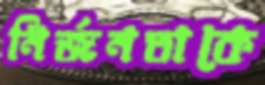
নির্জনতাকে